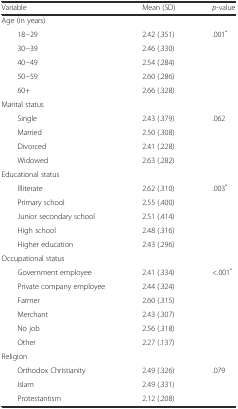
<table><thead><tr><td><b>Variable</b></td><td><b>Mean (SD)</b></td><td><b><i>p</i>-value</b></td></tr></thead><tbody><tr><td>Age (in years)</td><td></td><td></td></tr><tr><td>18−29</td><td>2.42 (.351)</td><td>.001<sup>*</sup></td></tr><tr><td>30−39</td><td>2.46 (.330)</td><td></td></tr><tr><td>40−49</td><td>2.54 (.284)</td><td></td></tr><tr><td>50−59</td><td>2.60 (.286)</td><td></td></tr><tr><td>60+</td><td>2.66 (.328)</td><td></td></tr><tr><td>Marital status</td><td></td><td></td></tr><tr><td>Single</td><td>2.43 (.379)</td><td>.062</td></tr><tr><td>Married</td><td>2.50 (.308)</td><td></td></tr><tr><td>Divorced</td><td>2.41 (.228)</td><td></td></tr><tr><td>Widowed</td><td>2.63 (.282)</td><td></td></tr><tr><td>Educational status</td><td></td><td></td></tr><tr><td>Illiterate</td><td>2.62 (.310)</td><td>.003<sup>*</sup></td></tr><tr><td>Primary school</td><td>2.55 (.400)</td><td></td></tr><tr><td>Junior secondary school</td><td>2.51 (.414)</td><td></td></tr><tr><td>High school</td><td>2.48 (.316)</td><td></td></tr><tr><td>Higher education</td><td>2.43 (.296)</td><td></td></tr><tr><td>Occupational status</td><td></td><td></td></tr><tr><td>Government employee</td><td>2.41 (.334)</td><td>&lt;.001<sup>*</sup></td></tr><tr><td>Private company employee</td><td>2.44 (.324)</td><td></td></tr><tr><td>Farmer</td><td>2.60 (.315)</td><td></td></tr><tr><td>Merchant</td><td>2.43 (.307)</td><td></td></tr><tr><td>No job</td><td>2.56 (.318)</td><td></td></tr><tr><td>Other</td><td>2.27 (.137)</td><td></td></tr><tr><td>Religion</td><td></td><td></td></tr><tr><td>Orthodox Christianity</td><td>2.49 (.326)</td><td>.079</td></tr><tr><td>Islam</td><td>2.49 (.331)</td><td></td></tr><tr><td>Protestantism</td><td>2.12 (.208)</td><td></td></tr></tbody></table>